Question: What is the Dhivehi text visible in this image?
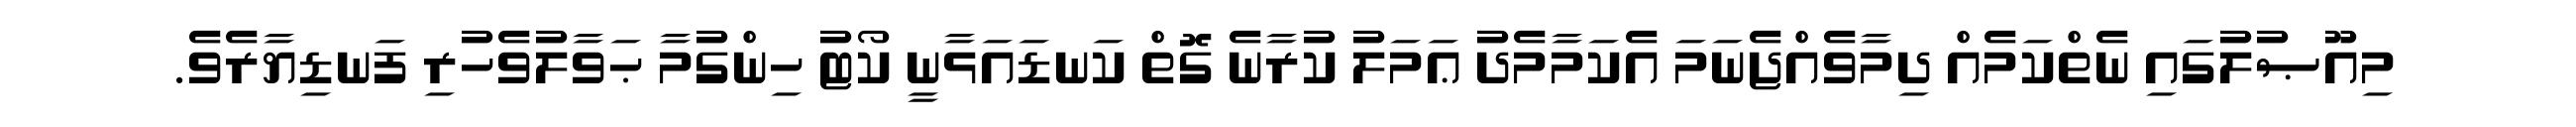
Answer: މިއޫޞުލުގައި ނެތްކަމެއް ދިމާވެއްޖެނަމަ އެކަމާމެދު ޢަމަލު ކުރާނެ ގޮތް ކަނޑައަޅާނީ ކޯޓު ހިންގުމާ ޙަވާލުވެހުރި ފަނޑިޔާރެވެ.